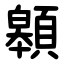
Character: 䫧